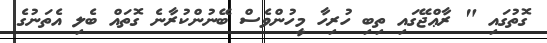
ގޮތުގައި " ރާޢްޖޭގައި ތިބި ހުރިހާ މީހުންވެސް ބޭނުންކުރާނެ ގޮތައް ބެލި އެތަނުގެ